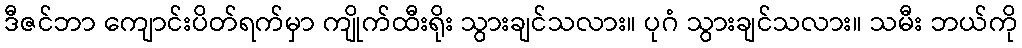
ဒီဇင်ဘာ ကျောင်းပိတ်ရက်မှာ ကျိုက်ထီးရိုး သွားချင်သလား။ ပုဂံ သွားချင်သလား။ သမီး ဘယ်ကို